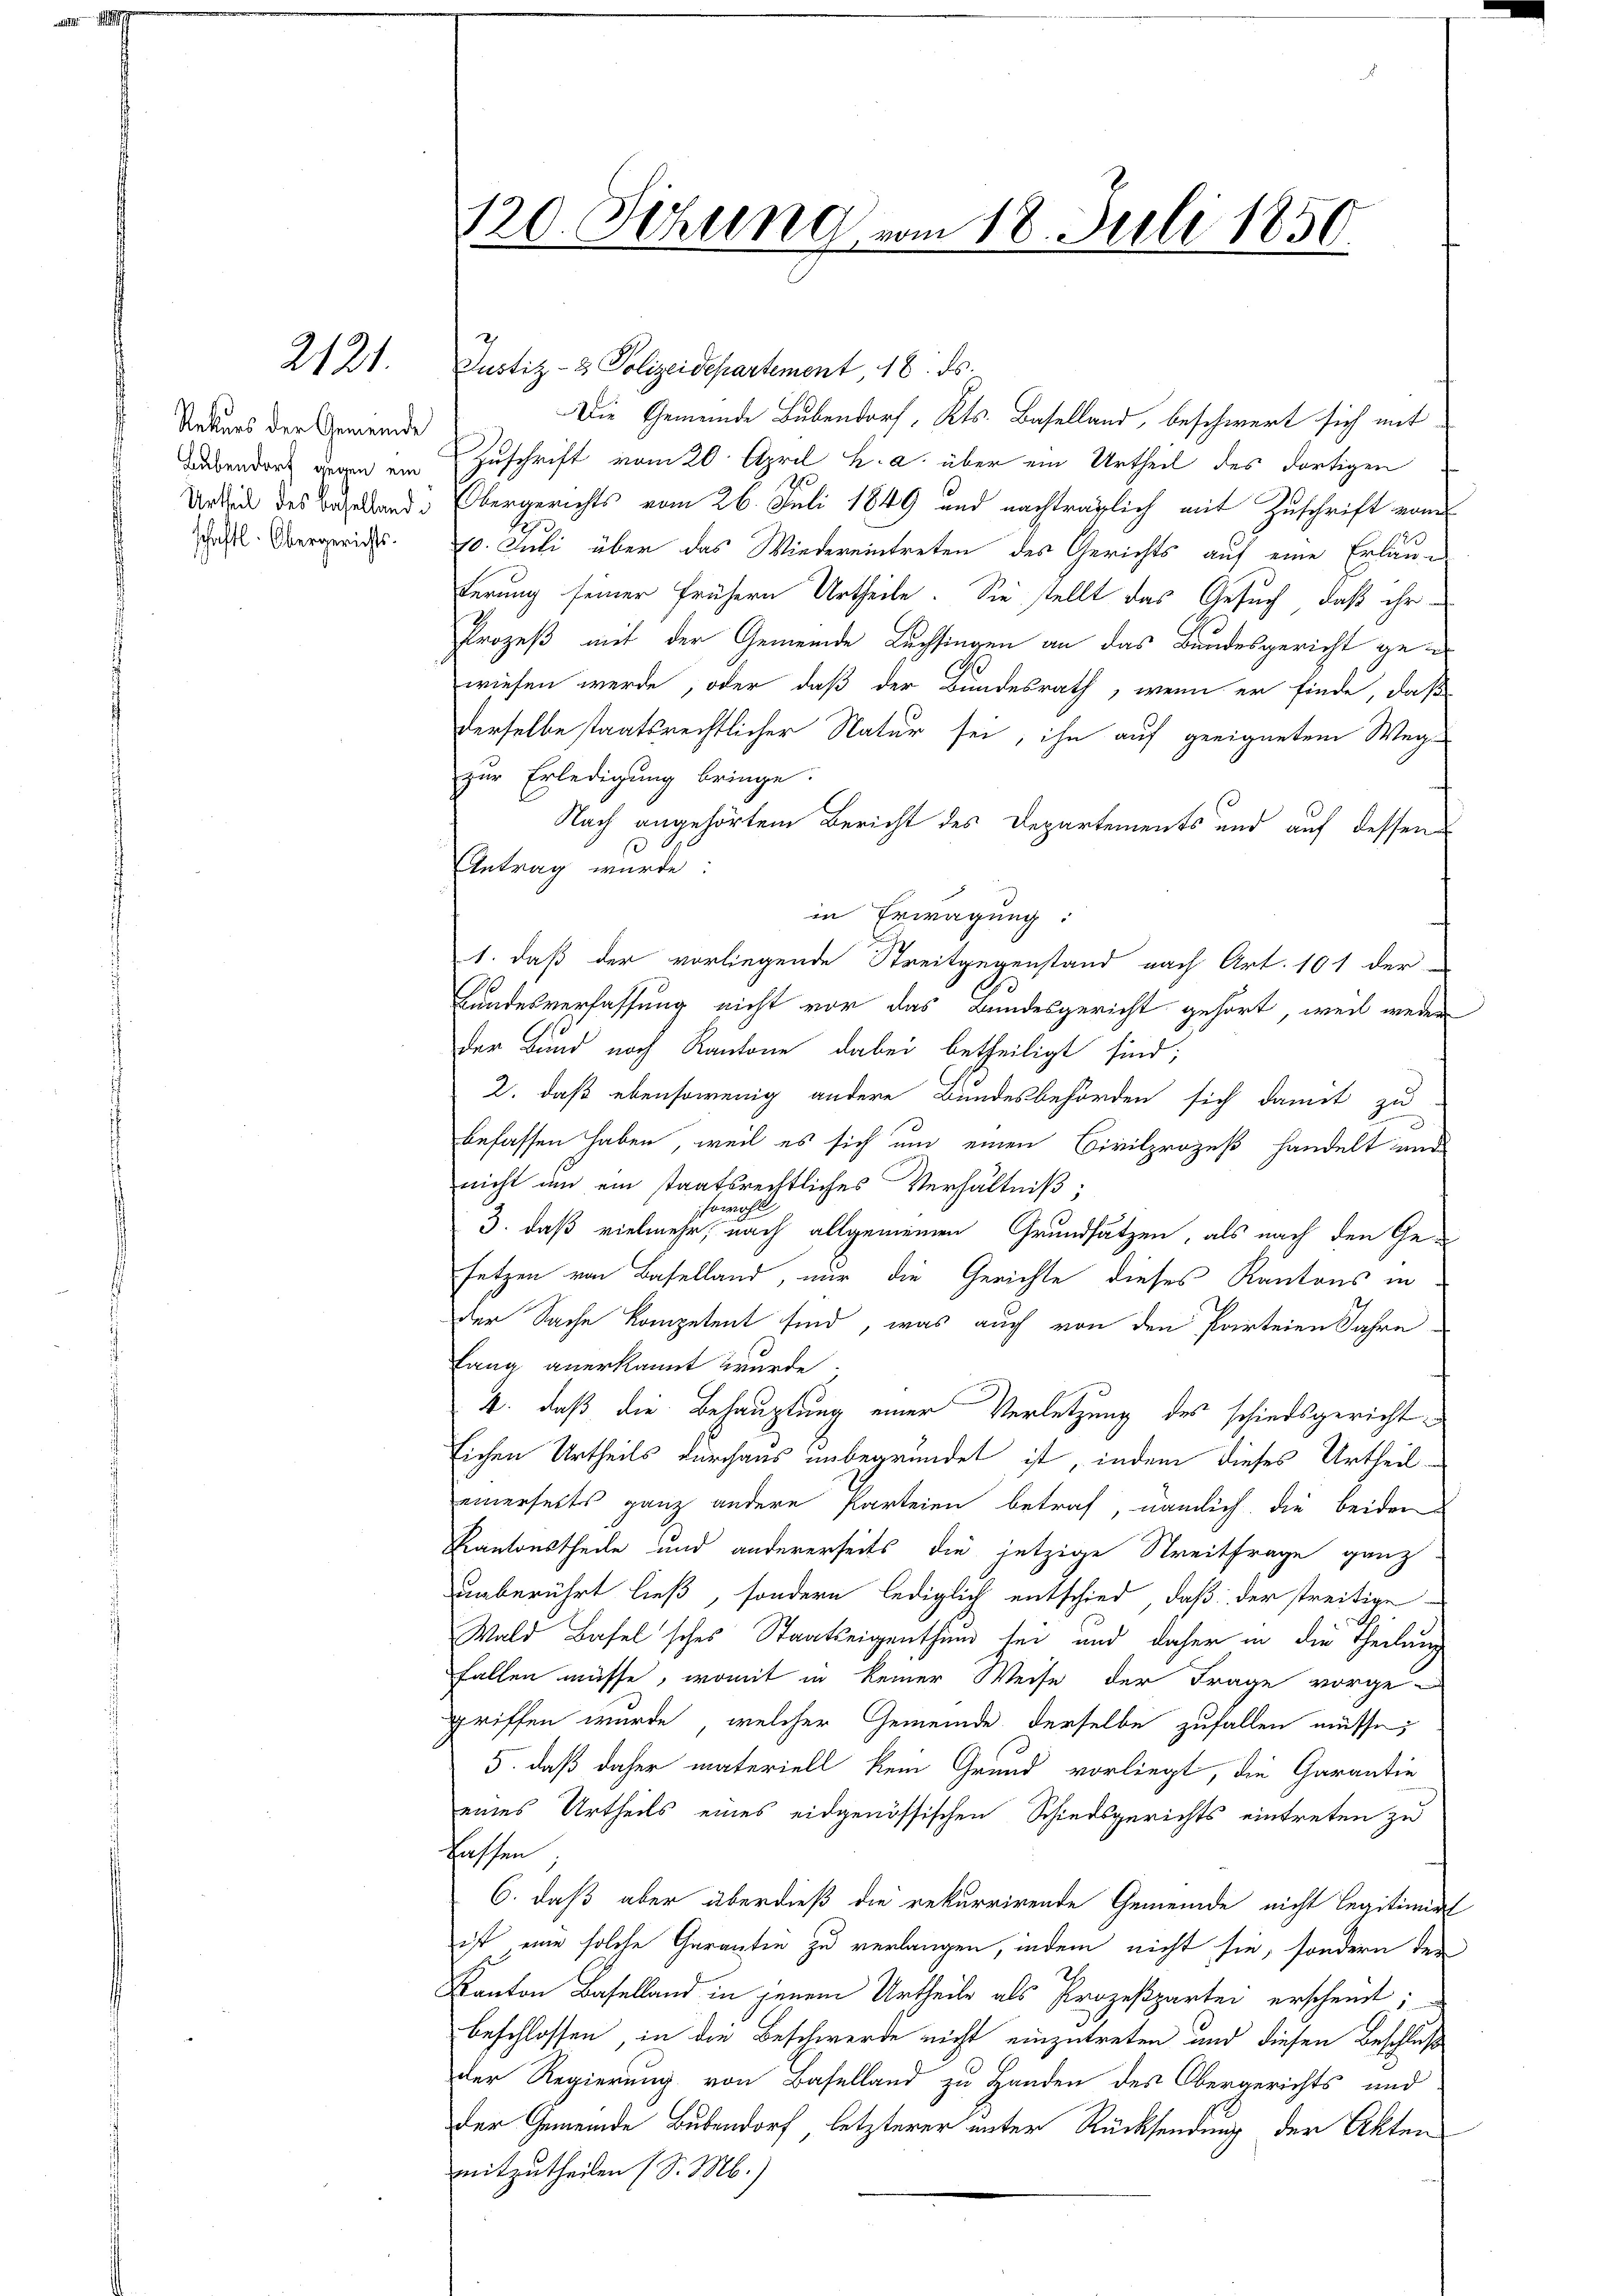
2121.

Rekurs der Gemeinde
Babendorf gegen ein
Urtheil des Basellandschaftl. Obergerichts.

120. Sehling vom 18. Juli 1850.

Justiz- & Polizeidepartement 18. ds.
Die Gemeinde Bubendorf, Kts. Baselland, beschwert sich mit
Zuschrift vom 20. April h. a. über ein Urtheil des dortigen
Obergerichts vom 26. Juli 1849 und nachträglich mit Zuschrift vom
10. Juli über das Wiedereintreten des Gerichts auf eine Erläuderung seiner frühern Urtheile. Sie stellt das Gesuch, daß ihr
Prozeß mit der Gemeinde Buchsingen an das Bundesgericht gewiesen werde, oder daß der Bundesrath, wenn er finde, daß
derselbe staatsrechtlicher Natur sei, ihn auf geeignetem Weg-
zur Erledigung bringe.
Nach angehörtem Bericht des Departements und auf dessen
1
Antrag wurde:
in Erwägung:
1. daß der vorliegende Streitgegenstand nach Art. 101 der
Bundesverfassung nicht vor das Bundesgericht gehört, weil weder
der Bund nach Kantone dabei betheiligt sind;
2. daß ebensowenig andere Bundesbehörden sich damit zu
befassen haben, weil es sich um einen Civilprozeß handelt und
nicht an ein staatsrechtliches Verhältniß;
sowohl
3. daß vielmehr, nach allgemeinen Grundsätzen, als nach den Ge-
setzen von Baselland, mir die Gerichte dieses Kantons in
der Sache kompetent sind, was auch von den Parteien Jahre
fang anerkannt wurde.
4. daß die Behauptung einer Verletzung des schiedsgericht¬
Eichen Urtheils durchaus unbegründet ist, indem dieses Urtheileinerseits ganz andere Parteien betraf, nämlich die beiden
Kantonstheile und andererseits die jetzige Streitfrage ganz
unberührt ließ, sondern lediglich entschied, daß der streitige
Wald Basel sches Staatseigenthum sei und daher in die Theilung
fallen müsse, womit in keiner Weise der Frage vorge-
griffen wurde, welcher Gemeinde derselbe zufallen müsse,
5. daß daher materiell kein Grund vorliegt, die Garantie
eines Urtheils eines eidgenössischen Schiedsgerichts eintreten zu
fassen
6. daß aber überdieß die rekurrirende Gemeinde nicht legitimirt
ist eine solche Garantin zu verlangen, indem nicht sie, sondern der
Kanton Baselland in jenem Urtheils als Prozeßpartei erscheint;
beschlossen, in die Beschwerde nicht einzutreten und diesen Beschluß
der Regierung von Baselland zu Handen des Obergerichts und
Der Gemeinde Bubendorf, letzterer unter Rücksendung der Akten
mitzutheilen (S. M.)